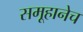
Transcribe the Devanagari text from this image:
समूहानेच